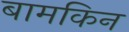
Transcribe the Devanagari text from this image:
बामकिन